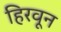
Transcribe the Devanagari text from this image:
हिरवून